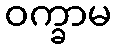
ဝက္ခာမ